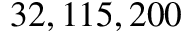
3 2 , 1 1 5 , 2 0 0